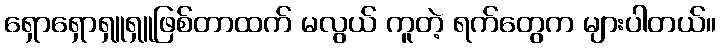
ရှောရှောရှူရှူဖြစ်တာထက် မလွယ် ကူတဲ့ ရက်တွေက များပါတယ်။